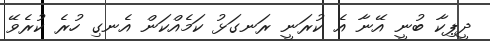
ދީޕިކާ ބުނީ އޭނާ އެ ކުރަނީ ރަނގަޅު ކަމެއްކަން އެނގި ހުރެ ކުރެވޭ